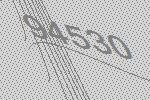
94530